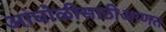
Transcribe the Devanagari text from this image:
आंघोळीसाठीआणत